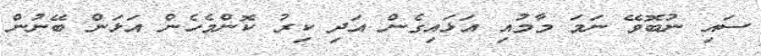
ސައި ނުބޮވޭ ނަމަ މާމުއި އަޅައިގެން އަދި ކިރު ކޮންމެެހެން އަޅަން ބޭނުން